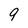
Character: 9